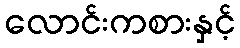
လောင်းကစားနှင့်